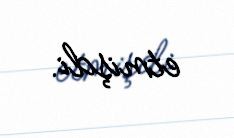
etmişdi.